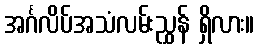
အင်္ဂလိပ်အသံလမ်းညွှန် ရှိလား။